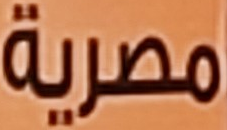
مصرية